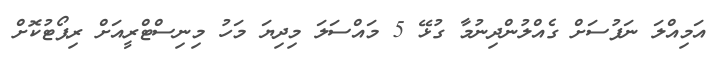
އަމިއްލަ ނަފުސަށް ގެއްލުންދިނުމާ ގުޅޭ 5 މައްސަލަ މިދިޔަ މަހު މިނިސްޓްރީއަށް ރިޕޯޓުކޮށް